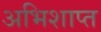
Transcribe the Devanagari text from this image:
अभिशाप्त